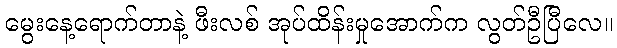
မွေးနေ့ရောက်တာနဲ့ ဖီးလစ် အုပ်ထိန်းမှုအောက်က လွတ်ဦပြီလေ။